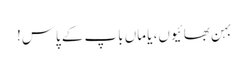
بہن بھائیوں، یا ماں باپ کے پاس!